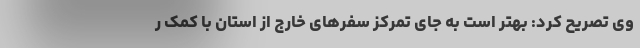
وی تصریح کرد: بهتر است به جای تمرکز سفرهای خارج از استان با کمک ر